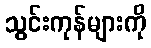
သွင်းကုန်များကို